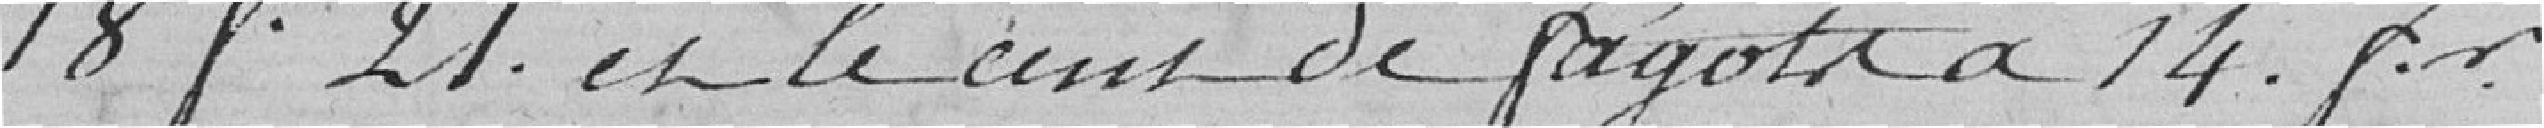
18f. 21 et le cent de à 14 fr.